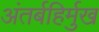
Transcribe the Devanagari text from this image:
अंतर्बहिर्मुख